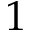
1